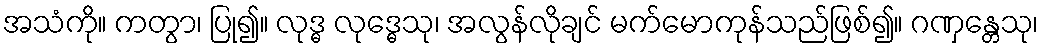
အသံကို။ ကတွာ၊ ပြု၍။ လုဒ္ဓ လုဒ္ဓေသု၊ အလွန်လိုချင် မက်မောကုန်သည်ဖြစ်၍။ ဂဏှန္တေသု၊